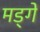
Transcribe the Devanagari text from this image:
मड्गे